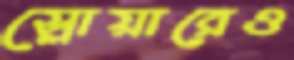
স্লোয়ারেও